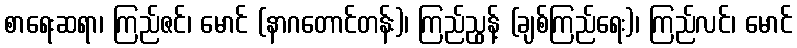
စာရေးဆရာ၊ ကြည်ဇင်၊ မောင် (နာဂတောင်တန်း)၊ ကြည်ညွန့် (ချစ်ကြည်ရေး)၊ ကြည်လင်၊ မောင်